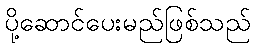
ပို့ဆောင်ပေးမည်ဖြစ်သည်